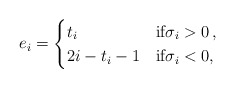
\begin{align*}e_{i}=\begin{cases}t_{i} & \mbox{if} \sigma_{i}>0\,,\\2i-t_{i}-1 & \mbox{if} \sigma_{i}<0,\end{cases}\end{align*}